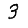
Digit: 3